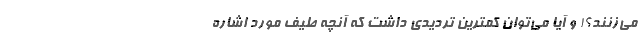
می‌زنند؟! و آیا می‌توان کمترین تردیدی داشت که آنچه طیف مورد اشاره